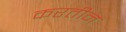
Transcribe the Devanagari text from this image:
करतीन